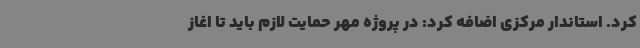
کرد. استاندار مرکزی اضافه کرد: در پروژه مهر حمایت لازم باید تا اغاز